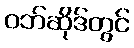
ဝဘ်ဆိုဒ်တွင်